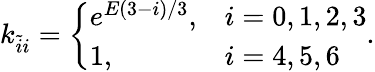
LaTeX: k_{\tilde{i}i}=\left\{ \begin{array}{ll}{e^{E(3-i)/3},}&{i=0,1,2,3}\\ {1,}&{i=4,5,6}\end{array}\right..